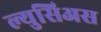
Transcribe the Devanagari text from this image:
ल्युसिअस